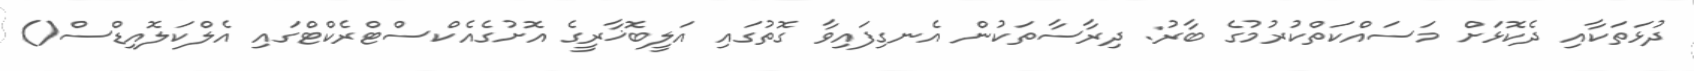
ދުޅަތަކާއި ދެކޮޅަށް މަސައްކަތްކުރުމުގެ ބާރު: ދިރާސާތަކުން އެނގިފައިވާ ގޮތުގައި އަލީބޮޚާރީގެ އޮށުގެއެކްސްޓްރެކްޓްގައި އެލްކަލޮއިޑްސް()